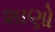
શાણો